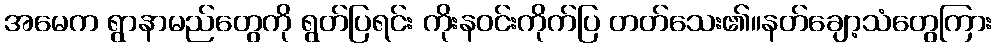
အမေက ရွာနာမည်တွေကို ရွတ်ပြရင်း ကိုးနဝင်းကိုက်ပြ တတ်သေး၏။နတ်ချော့သံတွေကြား